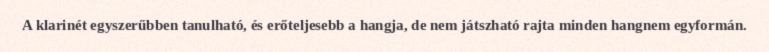
A klarinét egyszerűbben tanulható, és erőteljesebb a hangja, de nem játszható rajta minden hangnem egyformán.